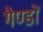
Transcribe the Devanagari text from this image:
गैण्डों